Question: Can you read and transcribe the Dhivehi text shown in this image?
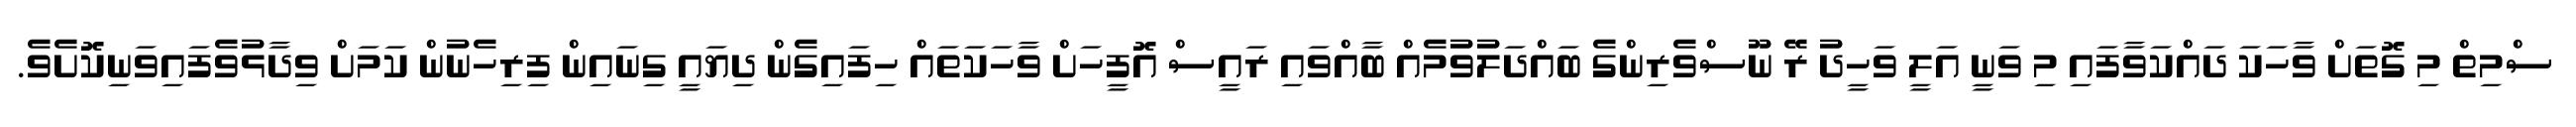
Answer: ސްމިތް މި ގޮތަށް ވާހަކަ ދައްކަވާފައި މި ވަނީ އަލީ ވަހީދު ރޭ ނޫސްވެރިންގެ ބައްދަލުވުމެއް ބާއްވައި ރައީސް އޮފީހަށް ވާހަކަތައް ހިފައިގެން ދިޔައީ ގިނައިން ފިރިހެނުން ކަމަށް ވިދާޅުވެފައިވަނިކޮށެވެ.